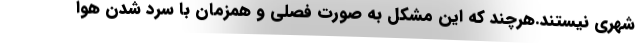
شهری نیستند.هرچند که این مشکل به صورت فصلی و همزمان با سرد شدن هوا